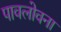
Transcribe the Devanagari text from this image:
पावलोवना